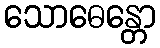
သောဓေန္တော